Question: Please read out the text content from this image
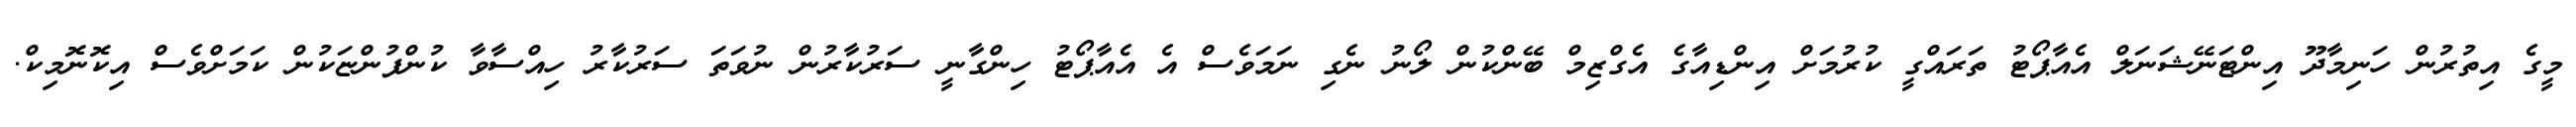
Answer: މީގެ އިތުރުން ހަނިމާދޫ އިންޓަނޭޝަނަލް އެއާޕޯޓު ތަރައްގީ ކުރުމަށް އިންޑިއާގެ އެގްޒިމް ބޭންކުން ލޯނު ނެގި ނަމަވެސް އެ އެއާޕޯޓު ހިންގާނީ ސަރުކާރުން ނުވަތަ ސަރުކާރު ހިއްސާވާ ކުންފުންޏަކުން ކަމަށްވެސް އިކޮނޮމިކް.